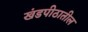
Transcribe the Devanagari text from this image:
खंडपीठातील